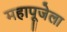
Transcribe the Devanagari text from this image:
महापूजेला